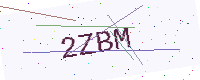
Text: 2ZBM